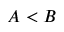
A < B